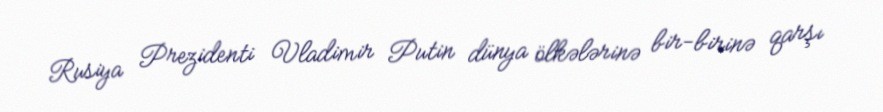
Rusiya Prezidenti Vladimir Putin dünya ölkələrinə bir-birinə qarşı